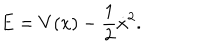
E = V ( x ) - \frac { 1 } { 2 } \dot { x } ^ { 2 } .